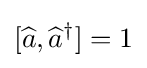
[{\widehat {a}},{\widehat {a}}^{\dagger }]=1